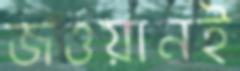
জওয়ানই